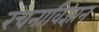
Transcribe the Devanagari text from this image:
रचनाविज्ञान